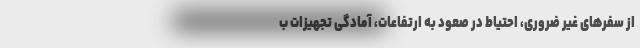
از سفرهای غیر ضروری، احتیاط در صعود به ارتفاعات، آمادگی تجهیزات ب